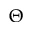
\Theta